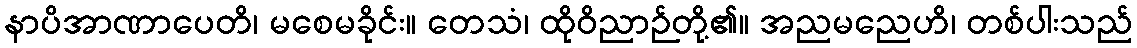
နာပိအာဏာပေတိ၊ မစေမခိုင်း။ တေသံ၊ ထိုဝိညာဉ်တို့၏။ အညမညေဟိ၊ တစ်ပါးသည်